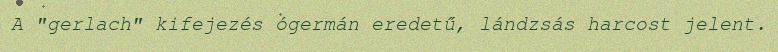
A "gerlach" kifejezés ógermán eredetű, lándzsás harcost jelent.